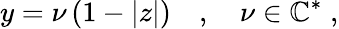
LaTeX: y=\nu\left(1-|z|\right)\quad,\quad\nu\in\mathbb{C}^{*}\; ,